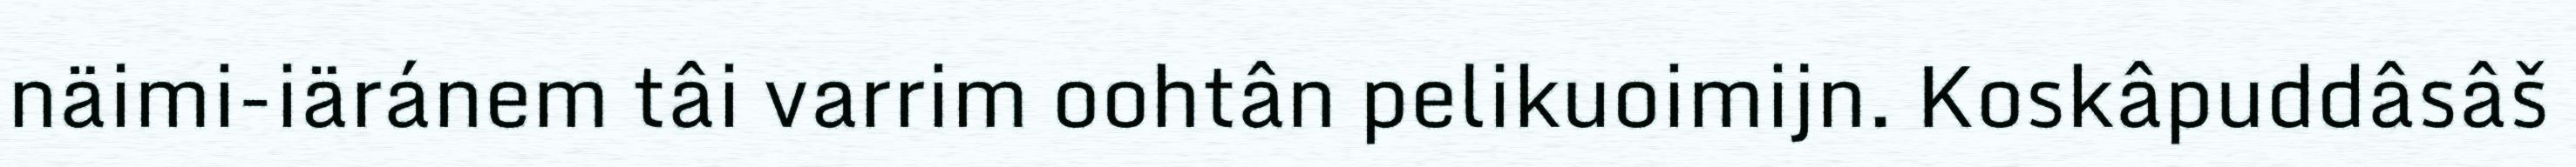
näimi-iäránem tâi varrim oohtân pelikuoimijn. Koskâpuddâsâš